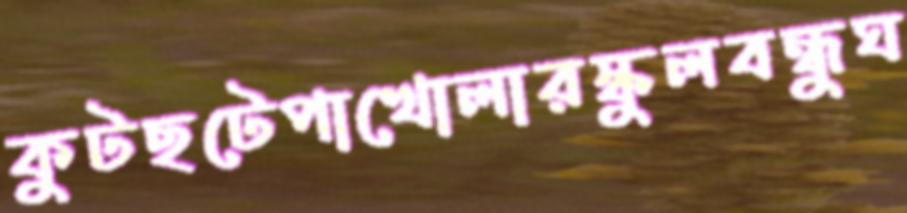
কুটছটেপাখোলারস্কুলবন্ধুঘ